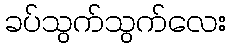
ခပ်သွက်သွက်လေး